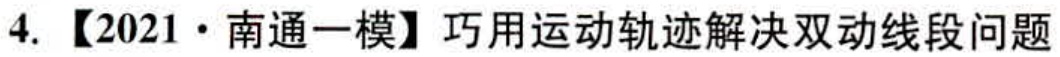
4. 【2021·南通一模】巧用运动轨迹解决双动线段问题